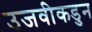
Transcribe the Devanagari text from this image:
उजवीकडुन